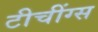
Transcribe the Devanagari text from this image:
टीचींग्स